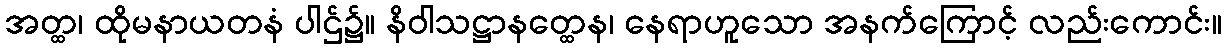
အတ္ထ၊ ထိုမနာယတနံ ပါဌ်၌။ နိဝါသဋ္ဌာနတ္ထေန၊ နေရာဟူသော အနက်ကြောင့် လည်းကောင်း။